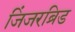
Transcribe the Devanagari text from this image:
जिंजरब्रिड